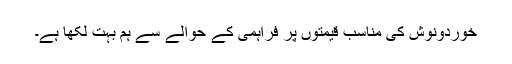
خوردونوش کی مناسب قیمتوں پر فراہمی کے حوالے سے ہم بہت لکھا ہے۔